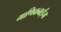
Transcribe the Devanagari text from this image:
माणिकबाईंचा